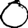
Digit: 0